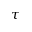
\tau